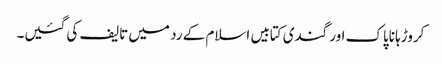
کروڑہا ناپاک اور گندی کتابیں اسلام کے رد میں تالیف کی گئیں۔